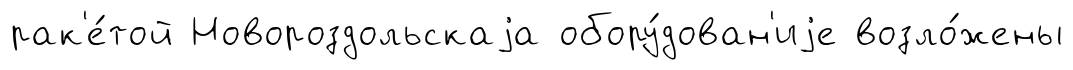
рак'е́той Новороздольскаjа обору́дован'иjе возло́жены